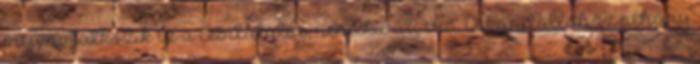
megmutatkozik ez a csodálatos, rendkívüli erő. A kandallóhoz néhány